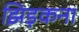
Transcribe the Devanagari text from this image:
झिड़कना